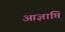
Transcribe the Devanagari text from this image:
आज्ञाप्ति